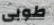
طوبى